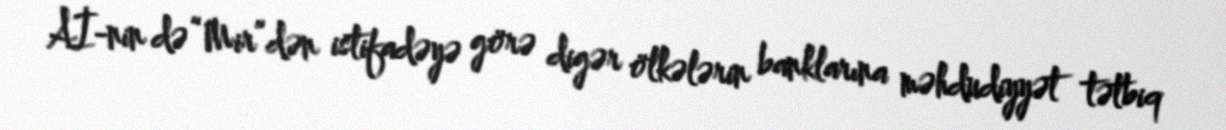
Aİ-nin də “Mir”dən istifadəyə görə digər ölkələrin banklarına məhdudiyyət tətbiq